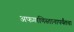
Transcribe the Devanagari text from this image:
अफगाणिस्तानापर्यंतचा